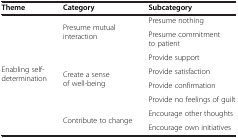
<table><thead><tr><td><b>Theme</b></td><td><b>Category</b></td><td><b>Subcategory</b></td></tr></thead><tbody><tr><td rowspan="8">Enabling self-determination</td><td rowspan="2">Presume mutual interaction</td><td>Presume nothing</td></tr><tr><td>Presume commitment to patient</td></tr><tr><td rowspan="4">Create a sense of well-being</td><td>Provide support</td></tr><tr><td>Provide satisfaction</td></tr><tr><td>Provide confirmation</td></tr><tr><td>Provide no feelings of guilt</td></tr><tr><td rowspan="2">Contribute to change</td><td>Encourage other thoughts</td></tr><tr><td>Encourage own initiatives</td></tr></tbody></table>